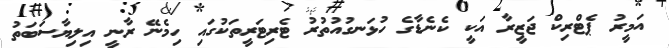
އަމީރު ޕެޓްރިކް ޖަޒީރާ އަކީ ކެނެޑާގެ ހުޅަނގުއުތުރު ޓެރިޓަރީތަކުގައި ހިމެނޭ ރާނީ އިލިޔާސަބަތު